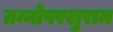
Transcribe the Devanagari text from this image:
तन्नोपरशुराम